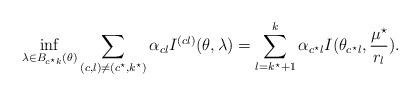
LaTeX: \begin{align*}\inf_{\lambda \in B_{c^\star k}(\theta)} \sum_{(c,l) \neq (c^\star,k^{\star})} \alpha_{c l}I^{(c l)}(\theta,\lambda) = \sum_{l=k^\star+1}^k \alpha_{c^\star l}I(\theta_{c^\star l},{\mu^\star\over r_l}).\end{align*}